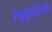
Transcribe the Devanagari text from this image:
रघुकुलतिलकं